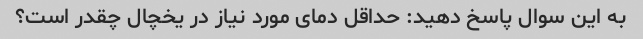
به این سوال پاسخ دهید: حداقل دمای مورد نیاز در یخچال چقدر است؟